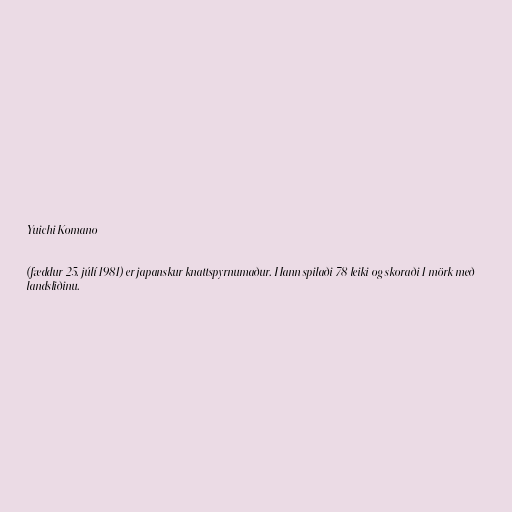
Yuichi Komano

(fæddur 25. júlí 1981) er japanskur knattspyrnumaður. Hann spilaði 78 leiki og skoraði 1 mörk með
landsliðinu.